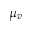
\mu _ { v }